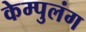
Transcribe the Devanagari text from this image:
केम्पुलंग